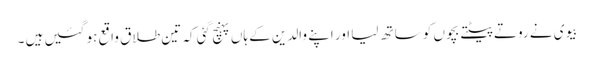
بیوی نے روتے پیٹتے بچوں کو ساتھ لیا اور اپنے والدین کے ہاں پہنچ گئی کہ تین طلاق واقع ہو گئیں ہیں ۔